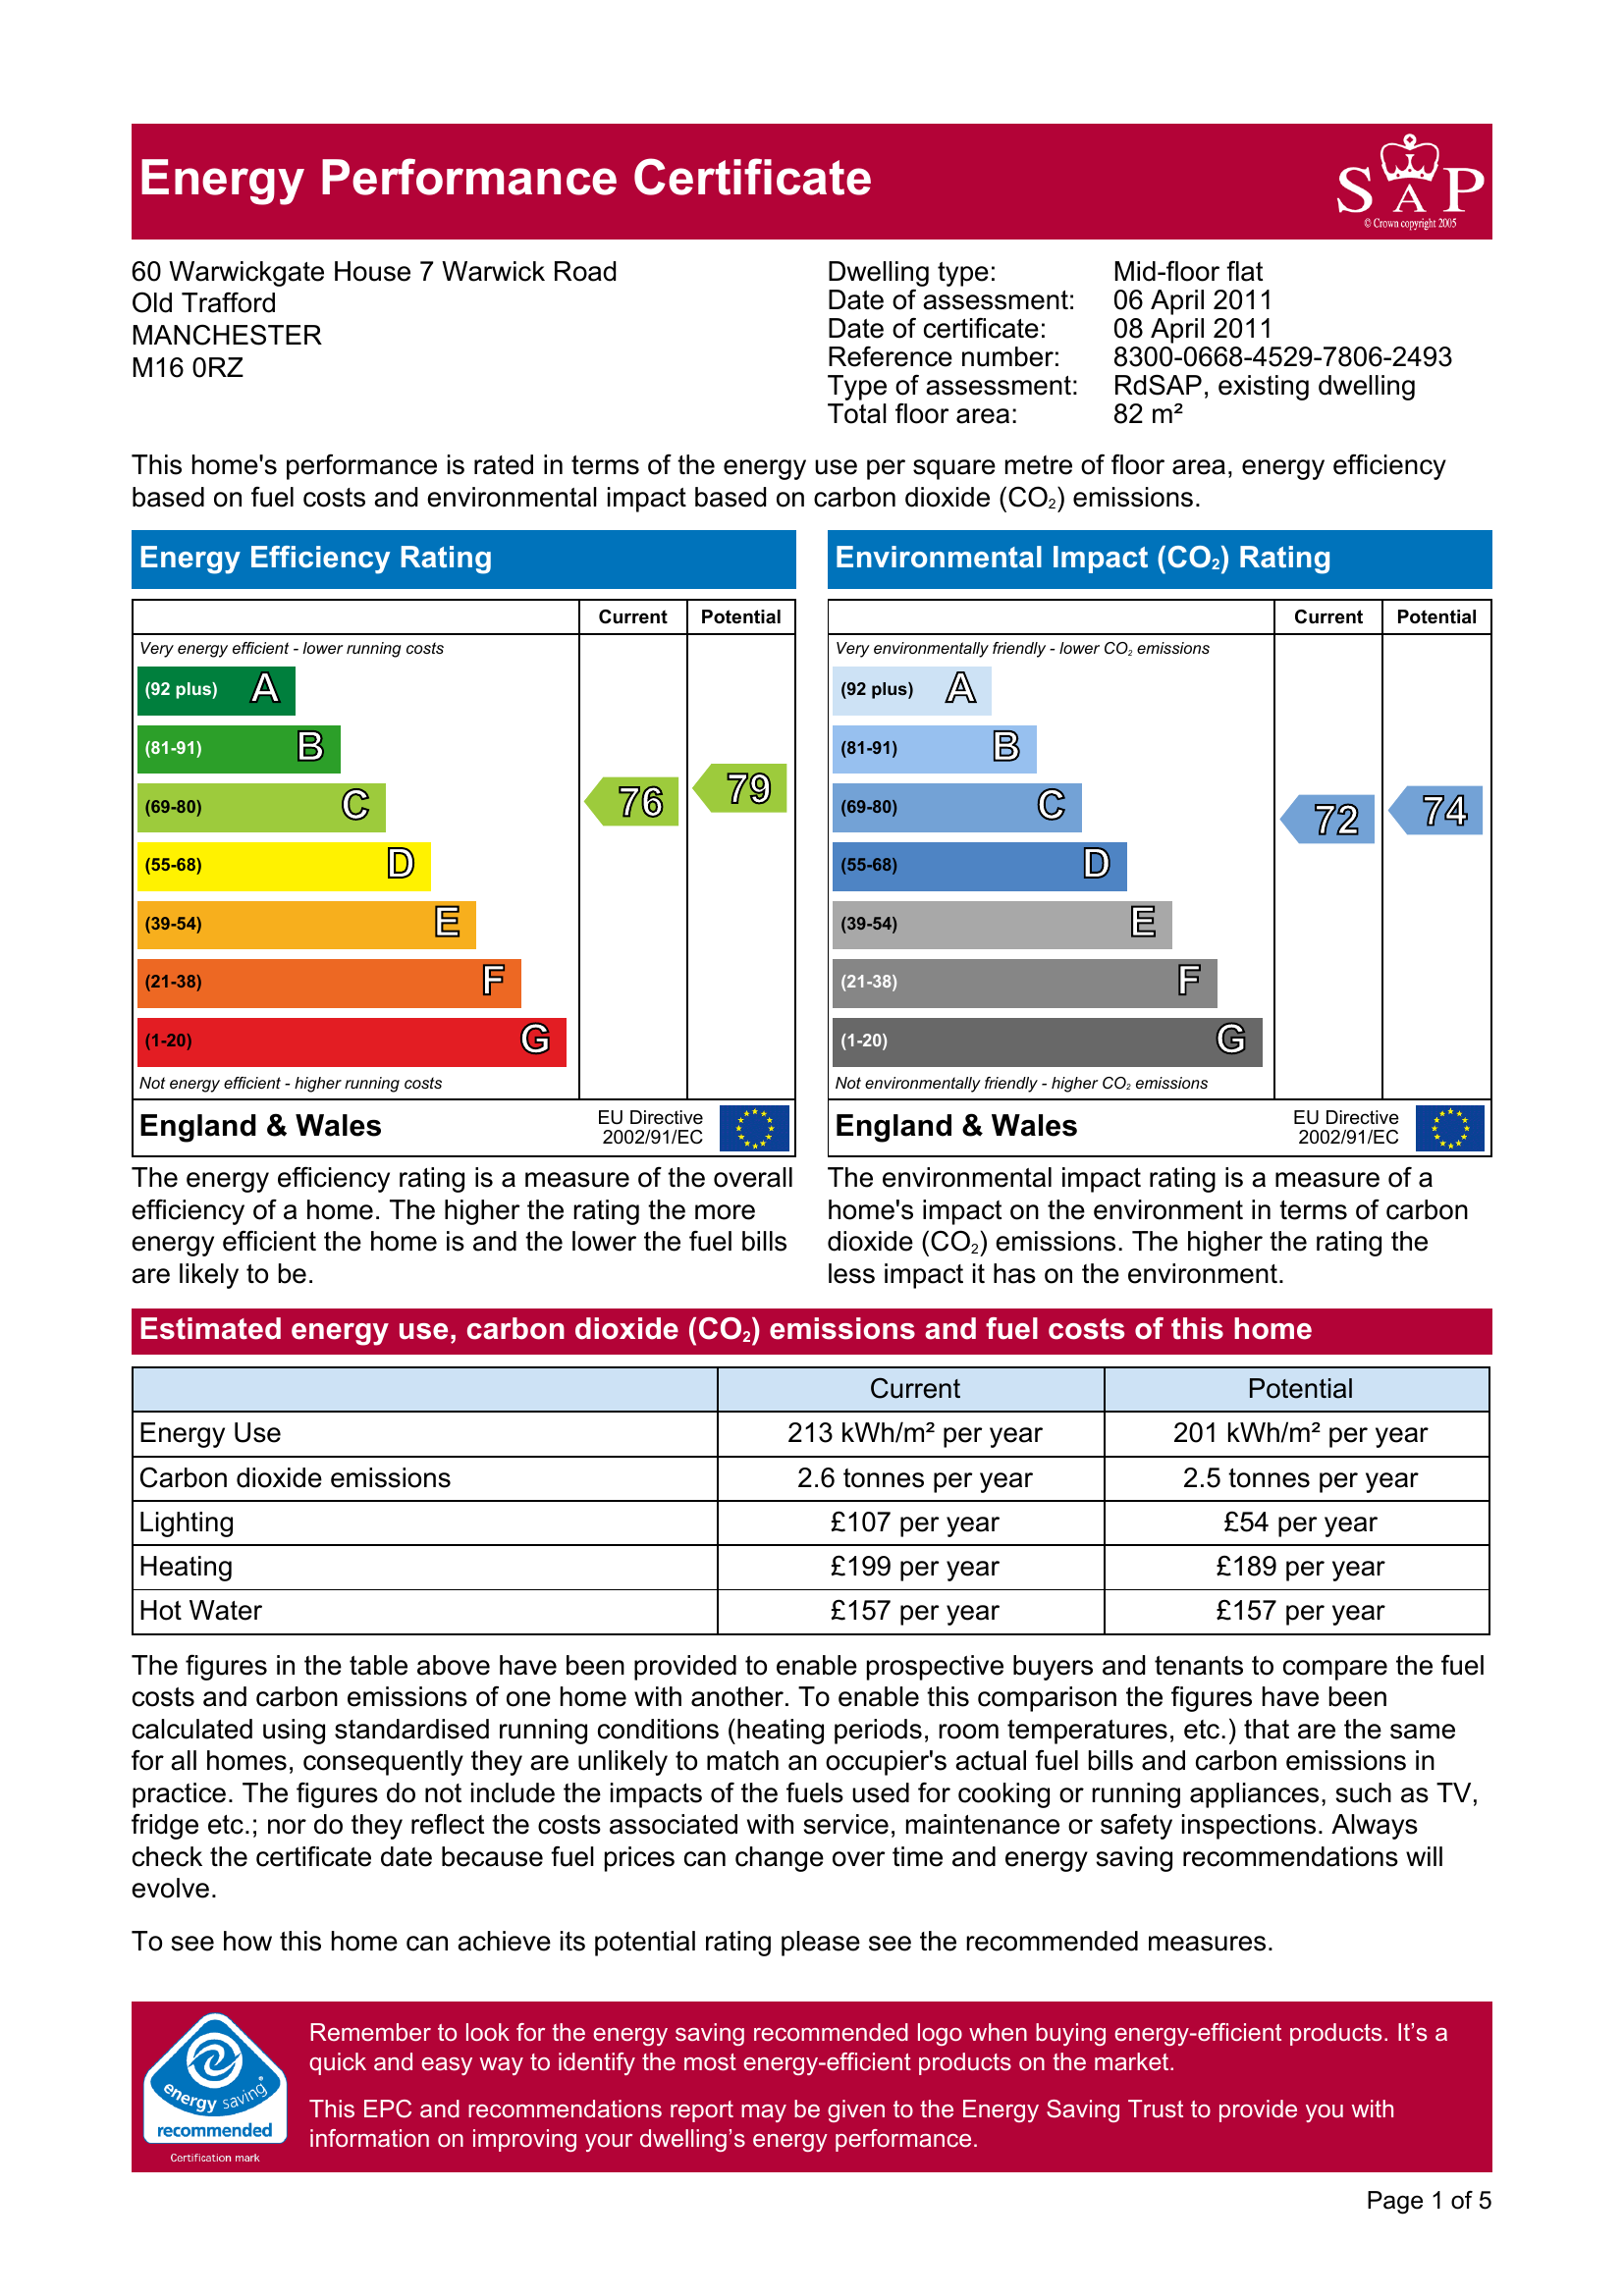
Current energy efficiency rating: C (score 76)
Potential energy efficiency rating: C (score 79)
Current environmental impact (CO2) rating: C (score 72)
Potential environmental impact (CO2) rating: C (score 74)